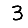
Digit: 3